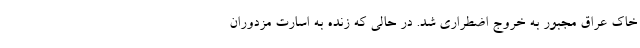
خاك عراق مجبور به خروج اضطراري شد. در حالي كه زنده به اسارت مزدوران